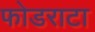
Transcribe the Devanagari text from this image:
फोडराटा